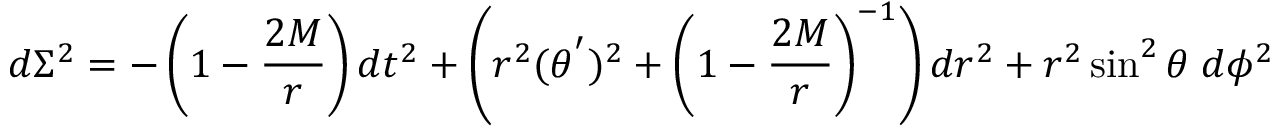
d \Sigma ^ { 2 } = - \left( 1 - \frac { 2 M } { r } \right) d t ^ { 2 } + \left( r ^ { 2 } ( \theta ^ { ' } ) ^ { 2 } + \left( 1 - \frac { 2 M } { r } \right) ^ { - 1 } \right) d r ^ { 2 } + r ^ { 2 } \sin ^ { 2 } \theta \; d \phi ^ { 2 }